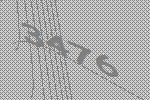
3476